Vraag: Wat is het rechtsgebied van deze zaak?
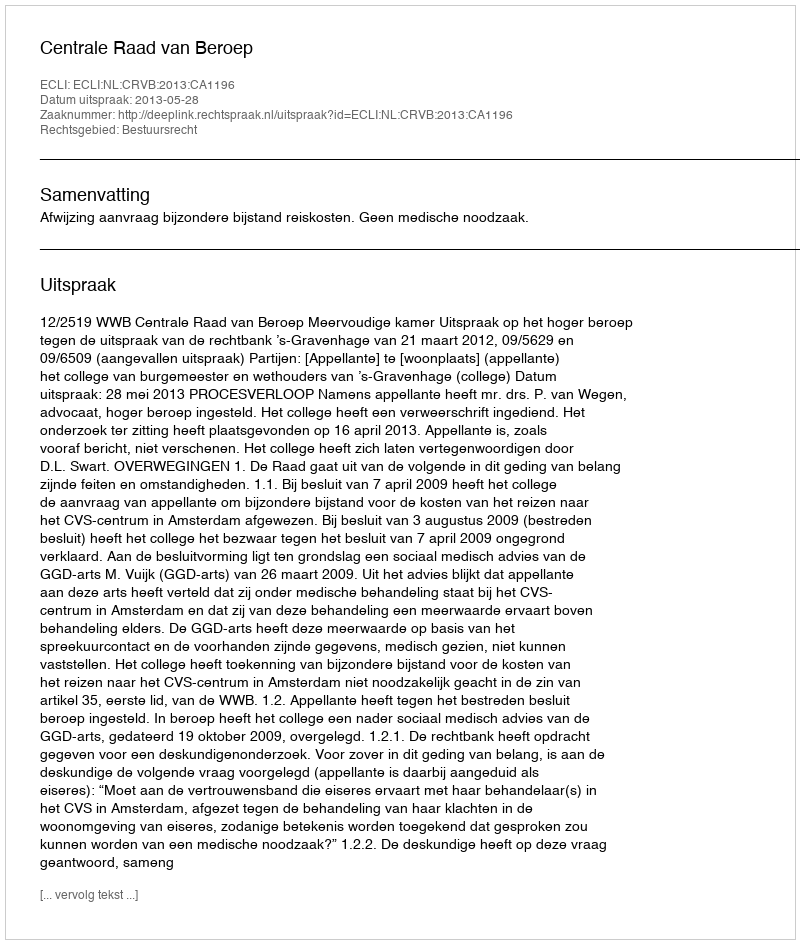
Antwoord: Bestuursrecht